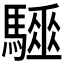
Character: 𩦁